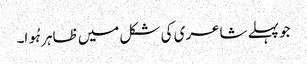
جو پہلے شاعری کی شکل میں ظاہر ہُوا۔